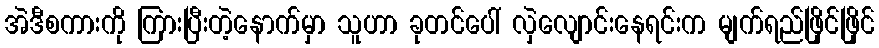
အဲဒီစကားကို ကြားပြီးတဲ့နောက်မှာ သူဟာ ခုတင်ပေါ် လှဲလျောင်းနေရင်းက မျက်ရည်ဖြိုင်ဖြိုင်